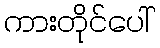
ကားတိုင်ပေါ်